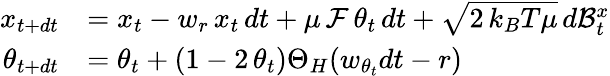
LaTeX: \begin{array}{rl}{x_{t+dt}}&{=x_{t}-w_{r}\, x_{t}\, dt+\mu\, {\cal F}\, \theta_{t}\, dt+\sqrt{2\, k_{B}T\mu}\, d\mathcal{B}_{t}^{x}}\\ {\theta_{t+dt}}&{=\theta_{t}+(1-2\, \theta_{t})\Theta_{H}(w_{\theta_{t}}dt-r)}\end{array}